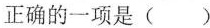
正确的一项是( )